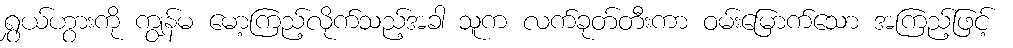
ရွှယ်ဟွားကို ကျွန်မ မော့ကြည့်လိုက်သည့်အခါ သူက လက်ခုတ်တီးကာ ဝမ်းမြောက်သော အကြည့်ဖြင့်